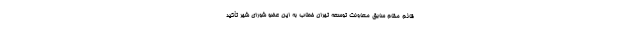
قائم مقام سابق معاونت توسعه تهران خطاب به این عضو شورای شهر تأکید